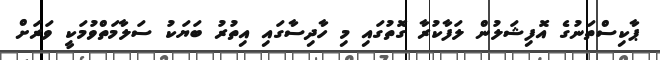
ޕާކިސްތަނުގެ އޮފިޝަލުން ލަފާކުރާ ގޮތުގައި މި ހާދިސާގައި އިތުރު ބަޔަކު ސަލާމަތްވުމަކީ ވަރަށް